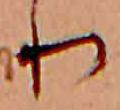
り